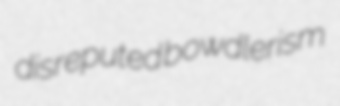
disreputed bowdlerism